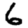
Digit: 6